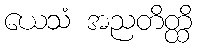
ယေသံ အညတိတ္ထိ